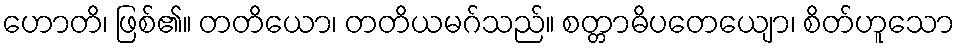
ဟောတိ၊ ဖြစ်၏။ တတိယော၊ တတိယမဂ်သည်။ စတ္တာဓိပတေယျော၊ စိတ်ဟူသော